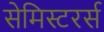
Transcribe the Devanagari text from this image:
सेमिस्टरर्स